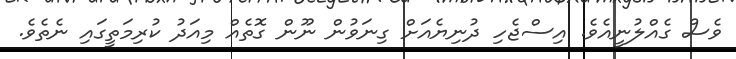
ވެސް ގެއްލުނީއެވެ. އިސްޖެހި ދުނިޔެއަށް ގިނަވުން ނޫން ގޮތެއް މިއަދު ކުރިމަތީގައި ނެތެވެ.